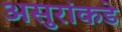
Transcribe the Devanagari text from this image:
असुरांकडे